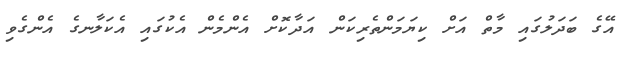
އޭގެ ބަދަލުގައި މާތް އަށް ކިޔަމަންތެރިކަން އަދާކޮށް އެންމެން އެކުގައި އެކަލާނގެ އެންގެވި